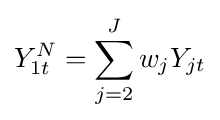
Y_{1t}^{N}=\sum _{j=2}^{J}w_{j}Y_{jt}